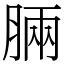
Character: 脼